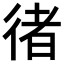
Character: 𢔪